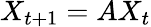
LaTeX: X_{t+1}=AX_{t}